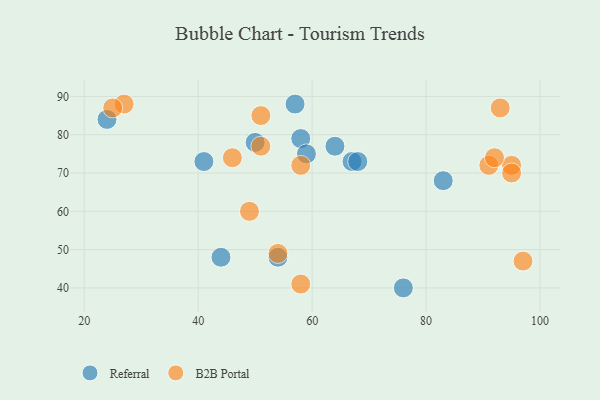
{"axis": {"x": "GDP", "y": "Life Expectancy"}, "legend": ["B2B Portal", "Referral"], "data": [{"x": "67", "y": 73, "type": "Referral"}, {"x": "64", "y": 77, "type": "Referral"}, {"x": "44", "y": 48, "type": "Referral"}, {"x": "24", "y": 84, "type": "Referral"}, {"x": "68", "y": 73, "type": "Referral"}, {"x": "58", "y": 79, "type": "Referral"}, {"x": "54", "y": 48, "type": "Referral"}, {"x": "83", "y": 68, "type": "Referral"}, {"x": "59", "y": 75, "type": "Referral"}, {"x": "41", "y": 73, "type": "Referral"}, {"x": "57", "y": 88, "type": "Referral"}, {"x": "50", "y": 78, "type": "Referral"}, {"x": "76", "y": 40, "type": "Referral"}, {"x": "97", "y": 47, "type": "B2B Portal"}, {"x": "58", "y": 41, "type": "B2B Portal"}, {"x": "91", "y": 72, "type": "B2B Portal"}, {"x": "93", "y": 87, "type": "B2B Portal"}, {"x": "95", "y": 72, "type": "B2B Portal"}, {"x": "27", "y": 88, "type": "B2B Portal"}, {"x": "92", "y": 74, "type": "B2B Portal"}, {"x": "46", "y": 74, "type": "B2B Portal"}, {"x": "25", "y": 87, "type": "B2B Portal"}, {"x": "54", "y": 49, "type": "B2B Portal"}, {"x": "51", "y": 85, "type": "B2B Portal"}, {"x": "58", "y": 72, "type": "B2B Portal"}, {"x": "95", "y": 70, "type": "B2B Portal"}, {"x": "51", "y": 77, "type": "B2B Portal"}, {"x": "49", "y": 60, "type": "B2B Portal"}]}